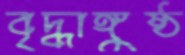
বৃদ্ধাঙ্গুষ্ঠ